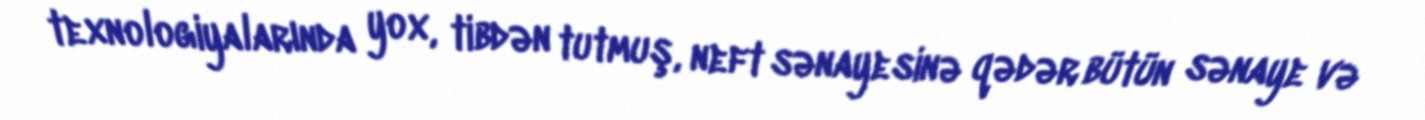
texnologiyalarında yox, tibdən tutmuş, neft sənayesinə qədər bütün sənaye və